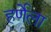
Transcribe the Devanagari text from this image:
हर्णेला